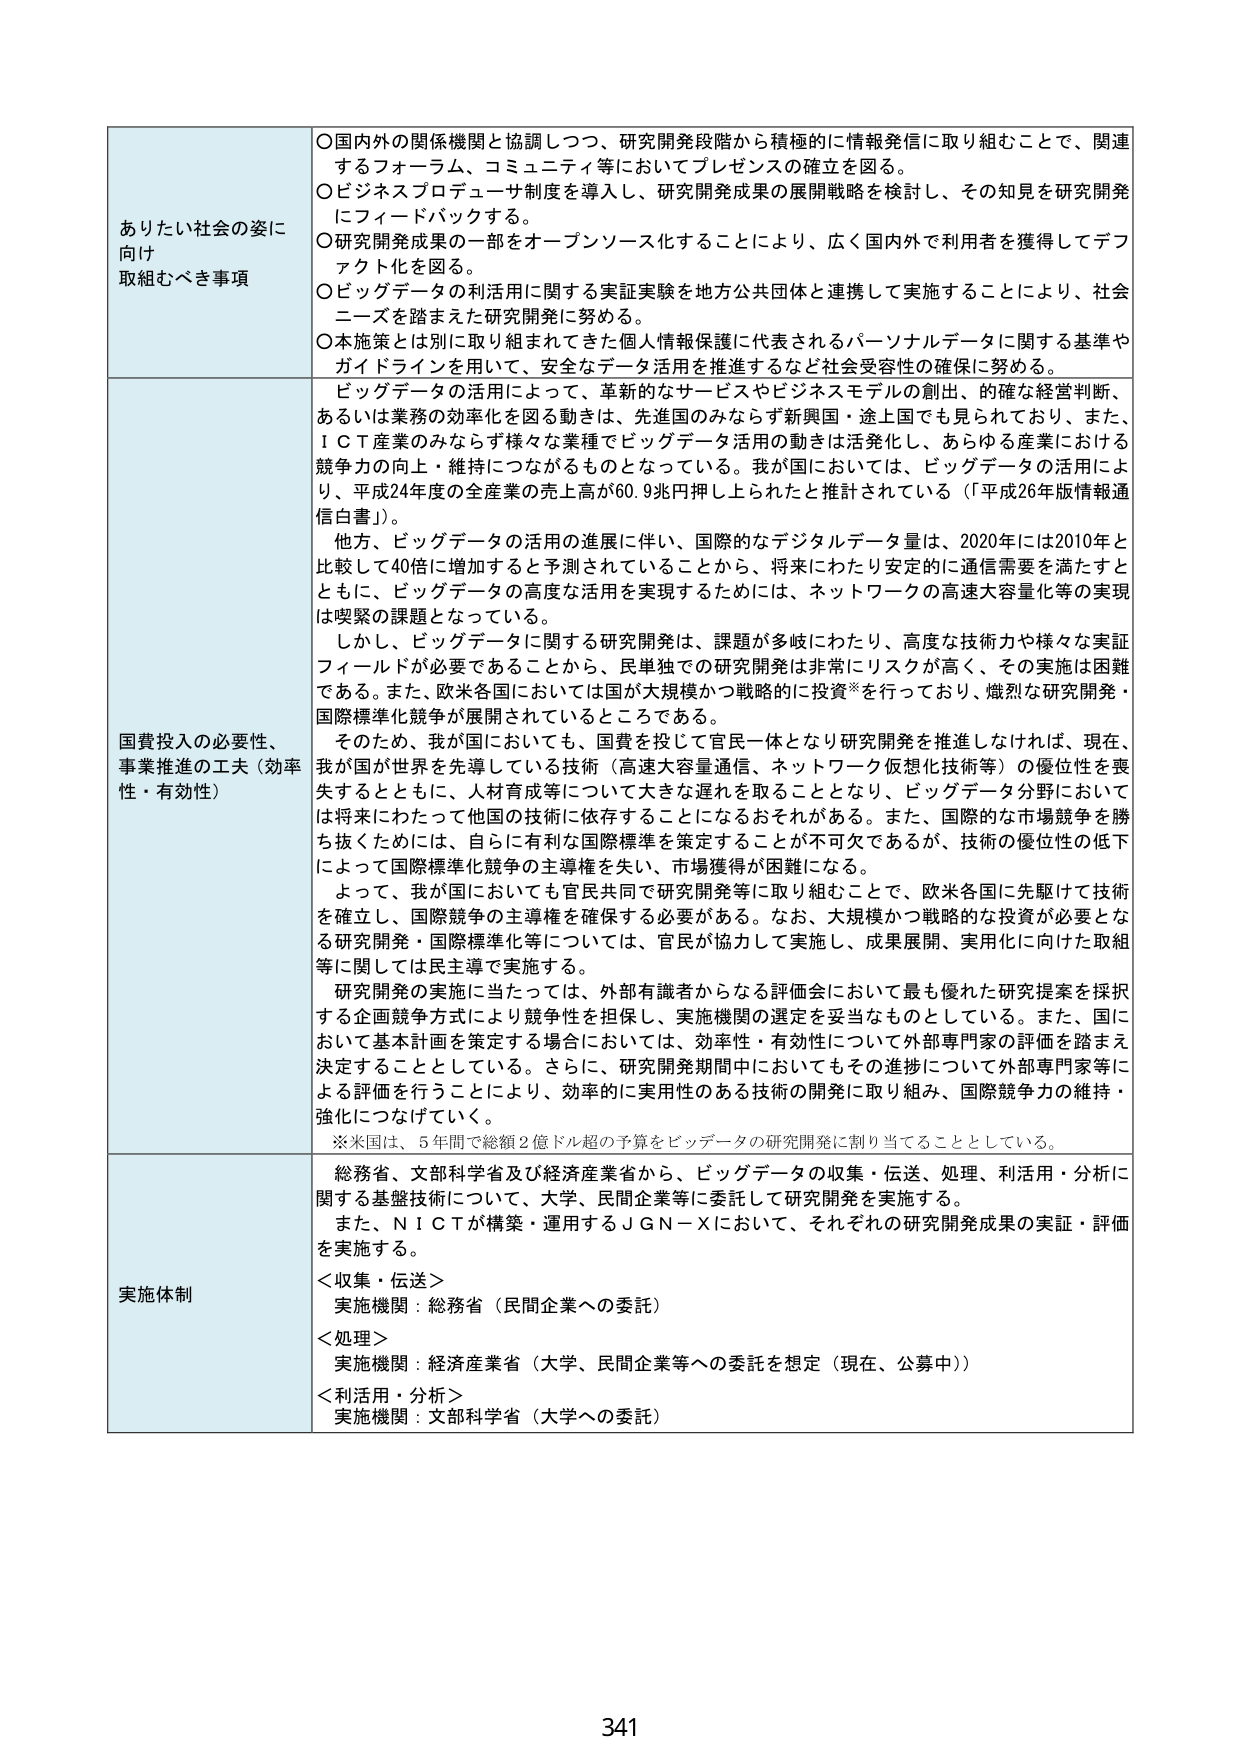
ありたい社会の姿に
向け
取組むべき事項

○国内外の関係機関と協調しつつ、研究開発段階から積極的に情報発信に取り組むことで、関連
するフォーラム、コミュニティ等においてプレゼンスの確立を図る。
○ビジネスプロデューサ制度を導入し、研究開発成果の展開戦略を検討し、その知見を研究開発
にフィードバックする。
○研究開発成果の一部をオープンソース化することにより、広く国内外で利用者を獲得してデフ
ァクト化を図る。
○ビッグデータの利活用に関する実証実験を地方公共団体と連携して実施することにより、社会
ニーズを踏まえた研究開発に努める。
○本施策とは別に取り組まれてきた個人情報保護に代表されるパーソナルデータに関する基準や
ガイドラインを用いて、安全なデータ活用を推進するなど社会受容性の確保に努める。

国費投入の必要性、
事業推進の工夫（効率
性・有効性）

ビッグデータの活用によって、革新的なサービスやビジネスモデルの創出、的確な経営判断、
あるいは業務の効率化を図る動きは、先進国のみならず新興国・途上国でも見られており、また、
ＩＣＴ産業のみならず様々な業種でビッグデータ活用の動きは活発化し、あらゆる産業における
競争力の向上・維持につながるものとなっている。我が国においては、ビッグデータの活用によ
り、平成24年度の全産業の売上高が60.9兆円押し上げられたと推計されている（「平成26年版情報通
信白書」）。
他方、ビッグデータの活用の進展に伴い、国際的なデジタルデータ量は、2020年には2010年と
比較して40倍に増加すると予測されていることから、将来にわたり安定的に通信需要を満たすと
ともに、ビッグデータの高度な活用を実現するためには、ネットワークの高速大容量化等の実現
は喫緊の課題となっている。
しかし、ビッグデータに関する研究開発は、課題が多岐にわたり、高度な技術力や様々な実証
フィールドが必要であることから、民単独での研究開発は非常にリスクが高く、その実施は困難
である。また、欧米各国においては国が大規模かつ戦略的に投資※を行っており、熾烈な研究開発・
国際標準化競争が展開されているところである。
そのため、我が国においても、国費を投じて官民一体となり研究開発を推進しなければ、現在、
我が国が世界を先導している技術（高速大容量通信、ネットワーク仮想化技術等）の優位性を喪
失するとともに、人材育成等について大きな遅れを取ることとなり、ビッグデータ分野において
は将来にわたって他国の技術に依存することになるおそれがある。また、国際的な市場競争を勝
ち抜くためには、自らに有利な国際標準を策定することが不可欠であるが、技術の優位性の低下
によって国際標準化競争の主導権を失い、市場獲得が困難になる。
よって、我が国においても官民共同で研究開発等に取り組むことで、欧米各国に先駆けて技術
を確立し、国際競争の主導権を確保する必要がある。なお、大規模かつ戦略的な投資が必要とな
る研究開発・国際標準化等については、官民が協力して実施し、成果展開、実用化に向けた取組
等に関しては民主導で実施する。
研究開発の実施に当たっては、外部有識者からなる評価会において最も優れた研究提案を採択
する企画競争方式により競争性を担保し、実施機関の選定を妥当なものとしている。また、国に
おいて基本計画を策定する場合においては、効率性・有効性について外部専門家の評価を踏まえ
決定することとしている。さらに、研究開発期間中においてもその進捗について外部専門家等に
よる評価を行うことにより、効率的に実用性のある技術の開発に取り組み、国際競争力の維持・
強化につなげていく。
※米国は、5年間で総額2億ドル超の予算をビッグデータの研究開発に割り当てることとしている。

実施体制

総務省、文部科学省及び経済産業省から、ビッグデータの収集・伝送、処理、利活用・分析に
関する基盤技術について、大学、民間企業等に委託して研究開発を実施する。
また、ＮＩＣＴが構築・運用するＪＧＮ－Ｘにおいて、それぞれの研究開発成果の実証・評価
を実施する。
＜収集・伝送＞
実施機関：総務省（民間企業への委託）
＜処理＞
実施機関：経済産業省（大学、民間企業等への委託を想定（現在、公募中））
＜利活用・分析＞
実施機関：文部科学省（大学への委託）

341